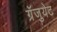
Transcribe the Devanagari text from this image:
ग्रॅजुयेट